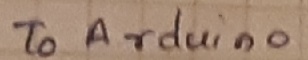
Text: To Arduino